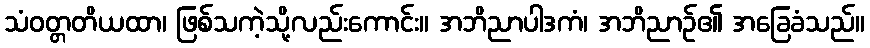
သံဝတ္တတိယထာ၊ ဖြစ်သကဲ့သို့လည်းကောင်း။ အဘိညာပါဒကံ၊ အဘိညာဉ်၏ အခြေခံသည်။